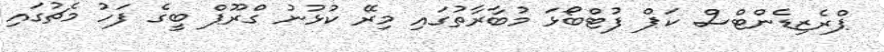
ޕްރެޒިޑެންޓްސް ކަޕް ފުޓްބޯޅަ މުބާރާތުގައި މިރޭ ކުޅުނު ގްރޫޕް ބީގެ ފަހު މެޗުގައި